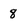
Character: 8